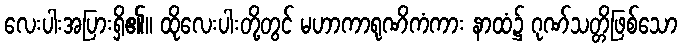
လေးပါးအပြားရှိ၏။ ထိုလေးပါးတို့တွင် မဟာကာရုဏိကံကား နာထံ၌ ဂုဏ်သတ္တိဖြစ်သော